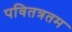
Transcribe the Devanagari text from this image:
पवितत्रतम